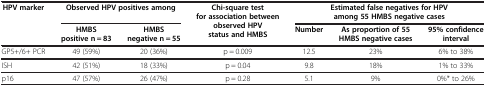
<table><thead><tr><td rowspan="2"><b>HPV marker</b></td><td colspan="2"><b>Observed HPV positives among</b></td><td rowspan="2"><b>Chi-square test for association between observed HPV status and HMBS</b></td><td colspan="3"><b>Estimated false negatives for HPV among 55 HMBS negative cases</b></td></tr><tr><td><b>HMBS positive n = 83</b></td><td><b>HMBS negative n = 55</b></td><td><b>Number</b></td><td><b>As proportion of 55 HMBS negative cases</b></td><td><b>95% confidence interval</b></td></tr></thead><tbody><tr><td>GP5+/6+ PCR</td><td>49 (59%)</td><td>20 (36%)</td><td>p = 0.009</td><td>12.5</td><td>23%</td><td>6% to 38%</td></tr><tr><td>ISH</td><td>42 (51%)</td><td>18 (33%)</td><td>p = 0.04</td><td>9.8</td><td>18%</td><td>1% to 33%</td></tr><tr><td>p16</td><td>47 (57%)</td><td>26 (47%)</td><td>p = 0.28</td><td>5.1</td><td>9%</td><td>0%* to 26%</td></tr></tbody></table>